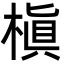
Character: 槇